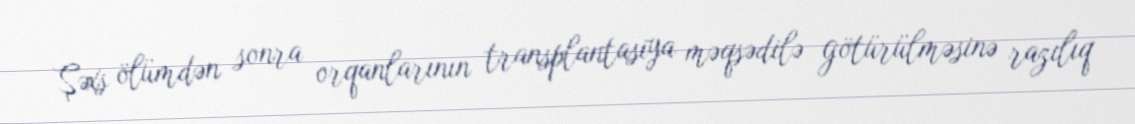
Şəxs ölümdən sonra orqanlarının transplantasiya məqsədilə götürülməsinə razılıq